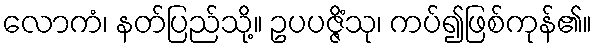
လောကံ၊ နတ်ပြည်သို့။ ဥပပဇ္ဇိံသု၊ ကပ်၍ဖြစ်ကုန်၏။